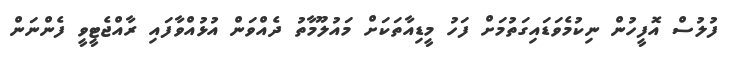
ފުލުސް އޮފީހުން ނިކުމެވަޑައިގަތުމަށް ފަހު މީޑިއާތަކަށް މައުލޫމާތު ދެއްވަން އުޅުއްވާފައި ރާއްޖެޓީވީ ފެންނަން